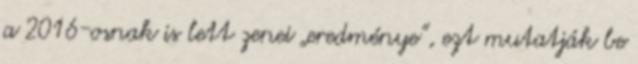
a 2016-osnak is lett zenei „eredménye”, ezt mutatják be